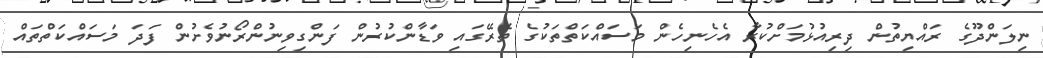
ނިލަންދޫގެ ރައްޔިތުން ދިރިއުޅުމަށްކުރާ އެހެނިހެން މަސައްކަތްތަކުގެ ތެރޭގައި ވަޑާންކުރުން ފަންގިވިނުންރޯނުވެށުން ފަދަ މަސައްކަތްތައް